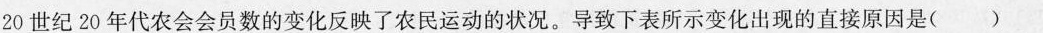
20世纪20年代农会会员数的变化反映了农民运动的状况。导致下表所示变化出现的直接原因是( )